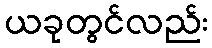
ယခုတွင်လည်း